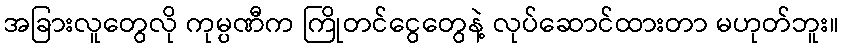
အခြားလူတွေလို ကုမ္ပဏီက ကြိုတင်ငွေတွေနဲ့ လုပ်ဆောင်ထားတာ မဟုတ်ဘူး။